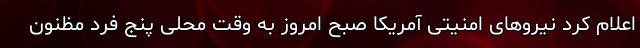
اعلام کرد نیروهای امنیتی آمریکا صبح امروز به وقت محلی پنج فرد مظنون